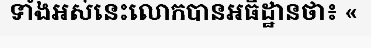
ទាំងអស់នេះលោកបានអធិដ្ឋានថា៖ «